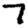
Digit: 7